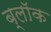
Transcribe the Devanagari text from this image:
ब्लाॅक